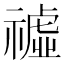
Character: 𥛳